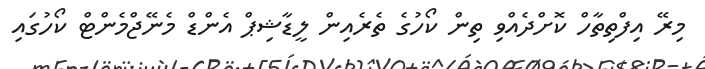
މިރޭ އިފްތިތާހް ކޮށްދެއްވި ތިން ކޯހުގެ ތެރެއިން ލީޑާޝިޕް އެންޑް މެނޭޖްމެންޓް ކޯހުގައި